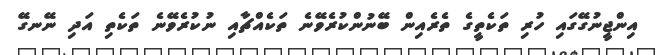
އިންޖީނުގޭގައި ހުރި ތަކެތީގެ ތެރެއިން ބޭނުންކުރެވޭނެ ތަކެއްޗާއި ނުކުރެވޭނެ ތަކެތި އަދި ނޭނގޭ